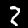
Digit: 2